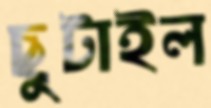
ছুটাইল